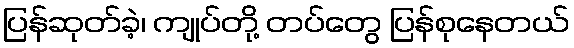
ပြန်ဆုတ်ခဲ့၊ ကျုပ်တို့ တပ်တွေ ပြန်စုနေတယ်